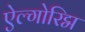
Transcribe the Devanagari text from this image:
ऐल्गोरिद्म